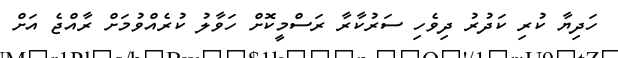
ހަދިޔާ ކުރި ކަދުރު ދިވެހި ސަރުކާރާ ރަސްމީކޮށް ހަވާލު ކުރެއްވުމަށް ރާއްޖެ އަށް